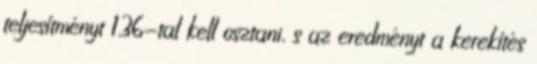
teljesítményt 1,36-tal kell osztani, s az eredményt a kerekítés